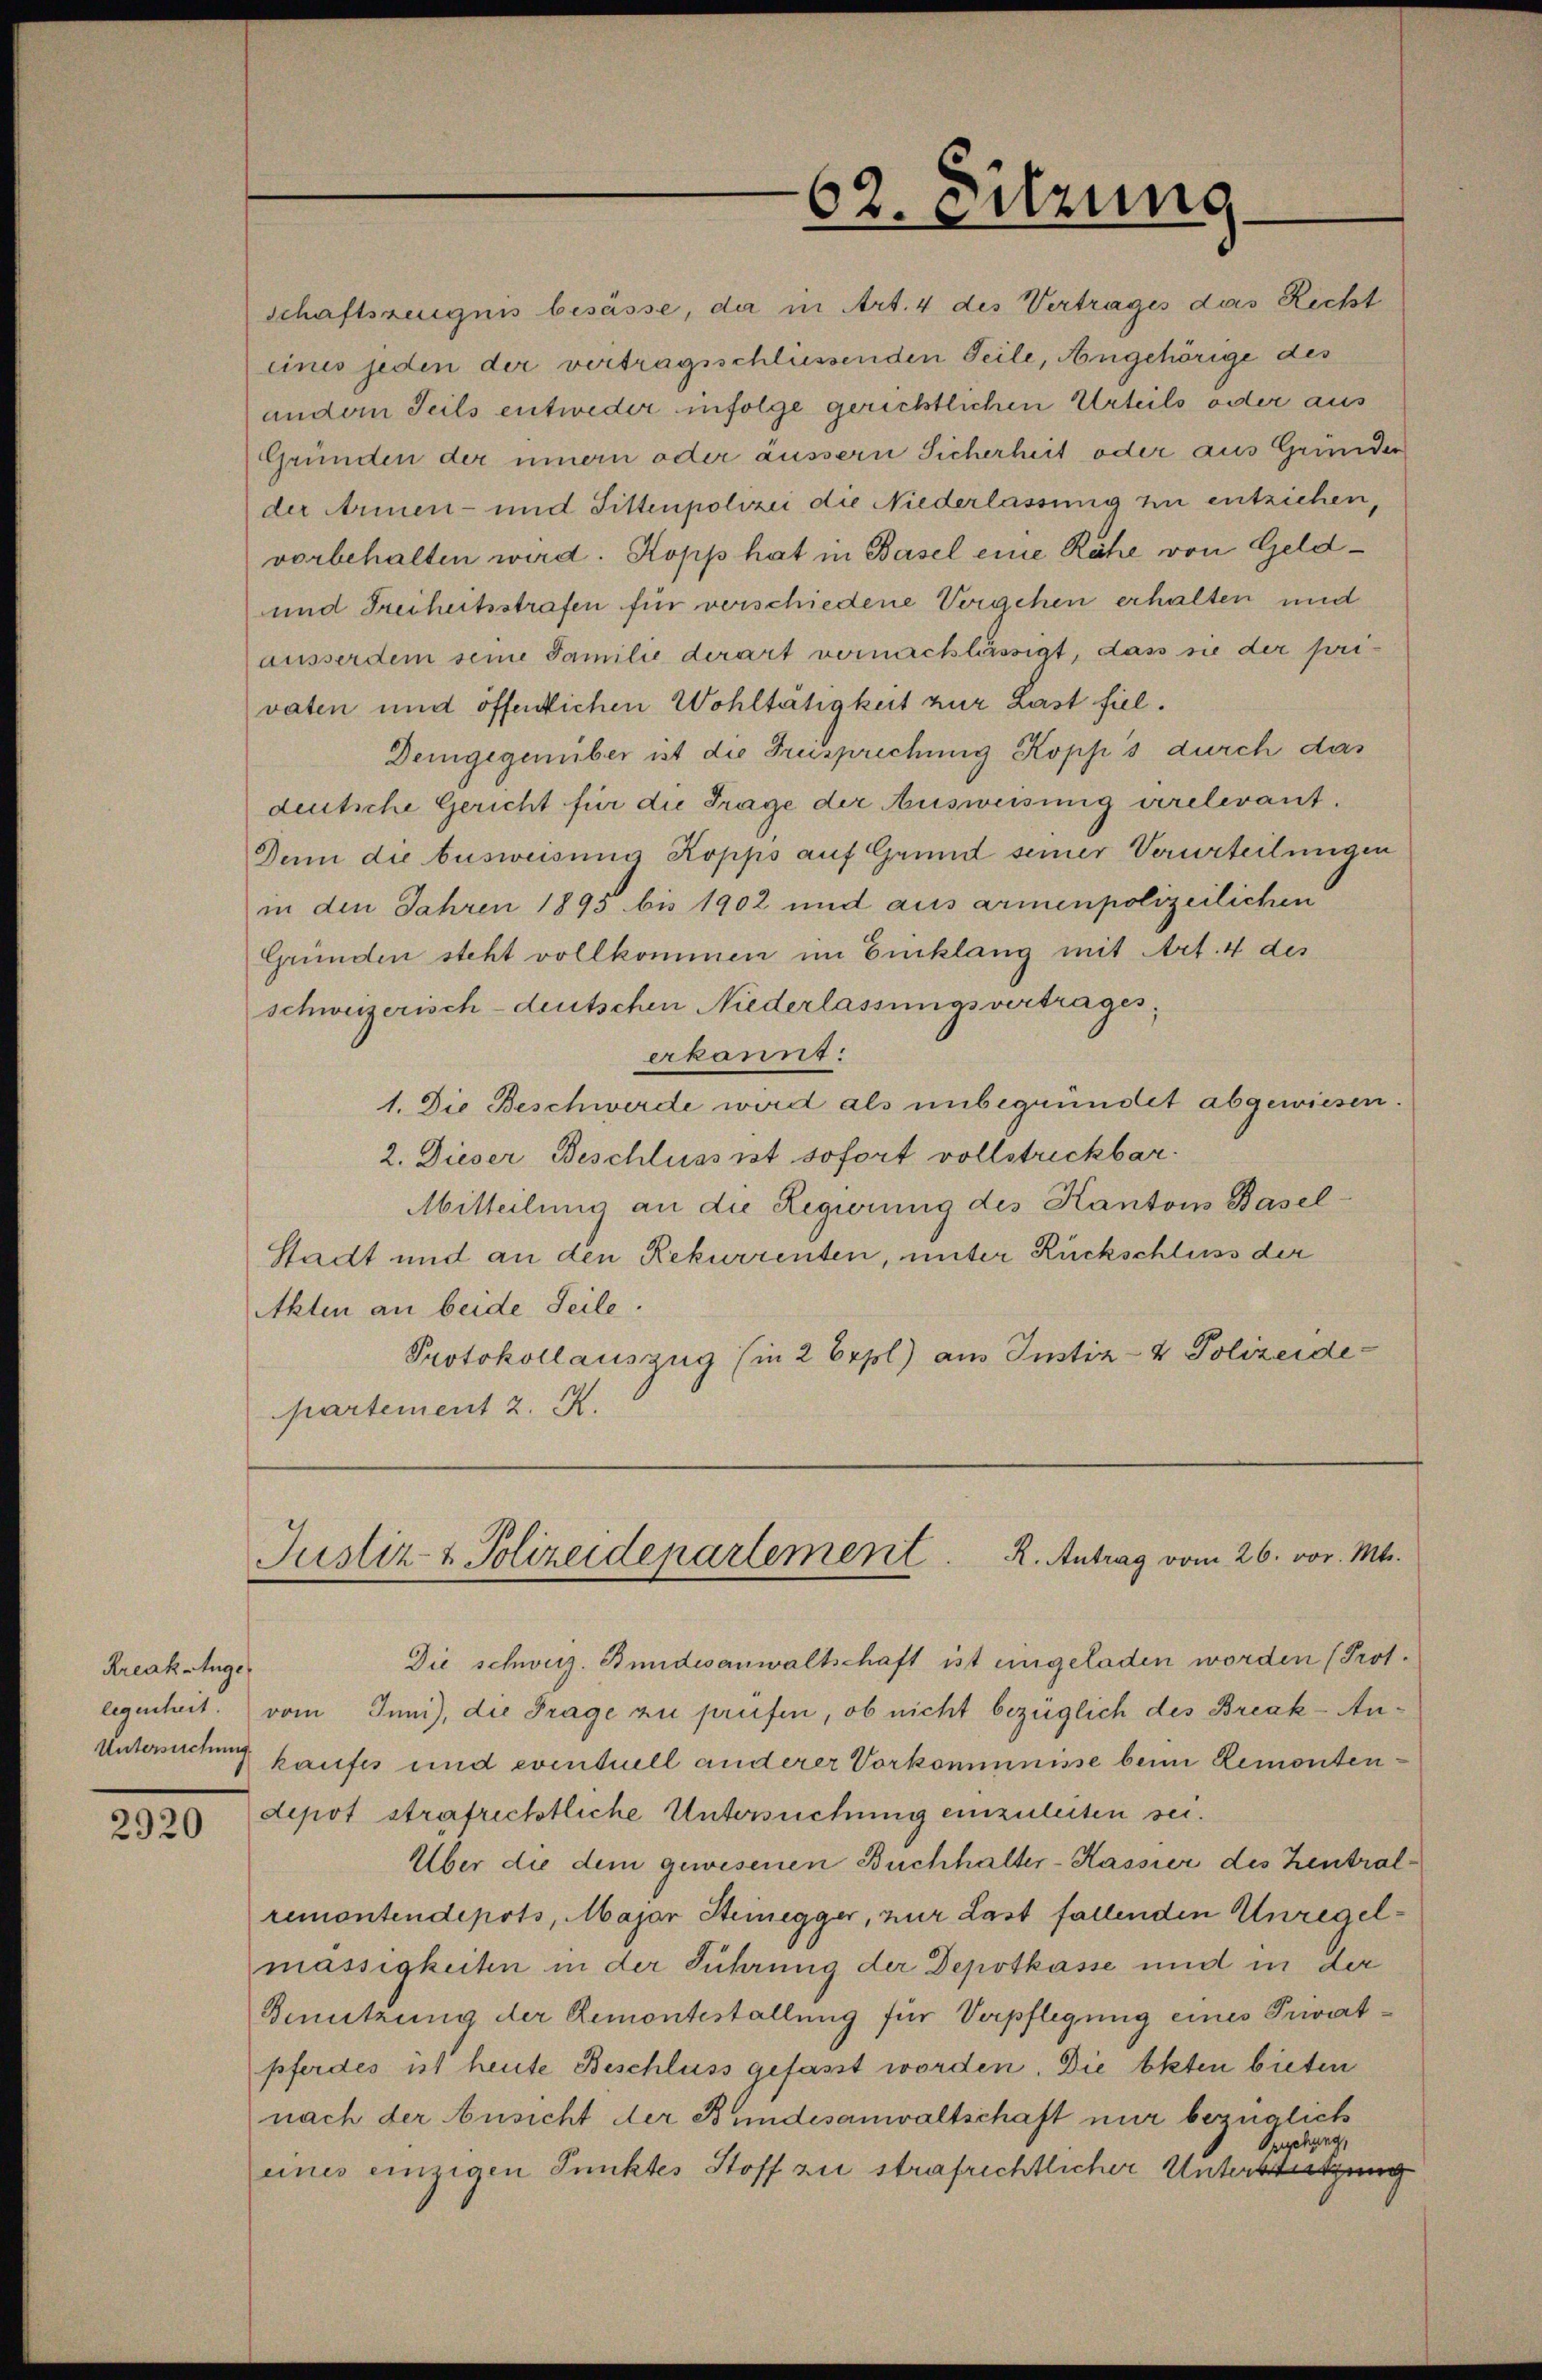
Kreak-Ange

2920

62. Sitzung

schaftszeugnis besässe, da in Art. 4 des Vertrages das Richt
eines jeden der vertragsschliessenden Teile, Angehörige des
andern Teils entweder infolge gerichtlichen Urteils oder aus
Gründen der innern oder äussern Sicherheit oder aus Gründer
der Armen- und Sittenpolizei die Niederlassung zu entziehen,
vorbehalten wird. Kopp hat in Basel eine Rähe von Geld¬
und Freiheitsstrafen für verschiedene Vergehen erhalten und
ausserdem seine Familie derart vernachlässigt, dass sie der privaten und öffenlichen Wohltätigkeit zur Last fiel.
Demgegenüber ist die Freisprechung Kopp s durch das
deutsche Gericht für die Frage der Ausweisung irrelevant.
Denn die Ausweisung Kopps auf Grund seiner Verurteilungen
in den Jahren 1895 bis 1902 und aus armenpolizeilichen
Gründen steht vollkommen im Einklang mit Art. 4 des
schweizerisch-deutschen Niederlassungsvertrages,
akannt:
1. Die Beschwerde wird als unbegründet abgewiesen.
2. Dieser Beschluss ist sofort vollstrickbar.
Mitteilung an die Regierung des Kanton Basel¬
Stadt und an den Rekurrenten, unter Rückschluss der
Akten an beide Seile.
Protokollauszug (in 2 Erpl) aus Instiz- & Polizeide
partement 2. A.

R. Antrag vom 26. vor. Mts.
Justiz- & Polizeidepartement

Die schweiz. Bundesanwaltschaft ist eingeladen worden (Prot.
legenheit. vom Juni), die Frage zu prüfen, ob nicht bezüglich des Break-An¬
Untersuchung kaufes und eventuell anderer Vorkommnisse beim Remontendepot strafrichtliche Untersuchung einzuleiten sei.
Über die dem gewesenen Buchhalter-Kassier des Zentralremontendepots, Major Steinegger, nur Last fallenden Unregelmässigkeiten in der Führung der Depotkasse und in der
Benutzung der Remontestallung für Verpflegung eines Privatpferdes ist heute Beschluss gefasst worden. Die Akten bieten
nach der Ansicht der Bundesanwaltschaft nur bezüglich
Opgehung,
eines einzigen Punktes Stoff zu strafrichtlicher Untersteigung